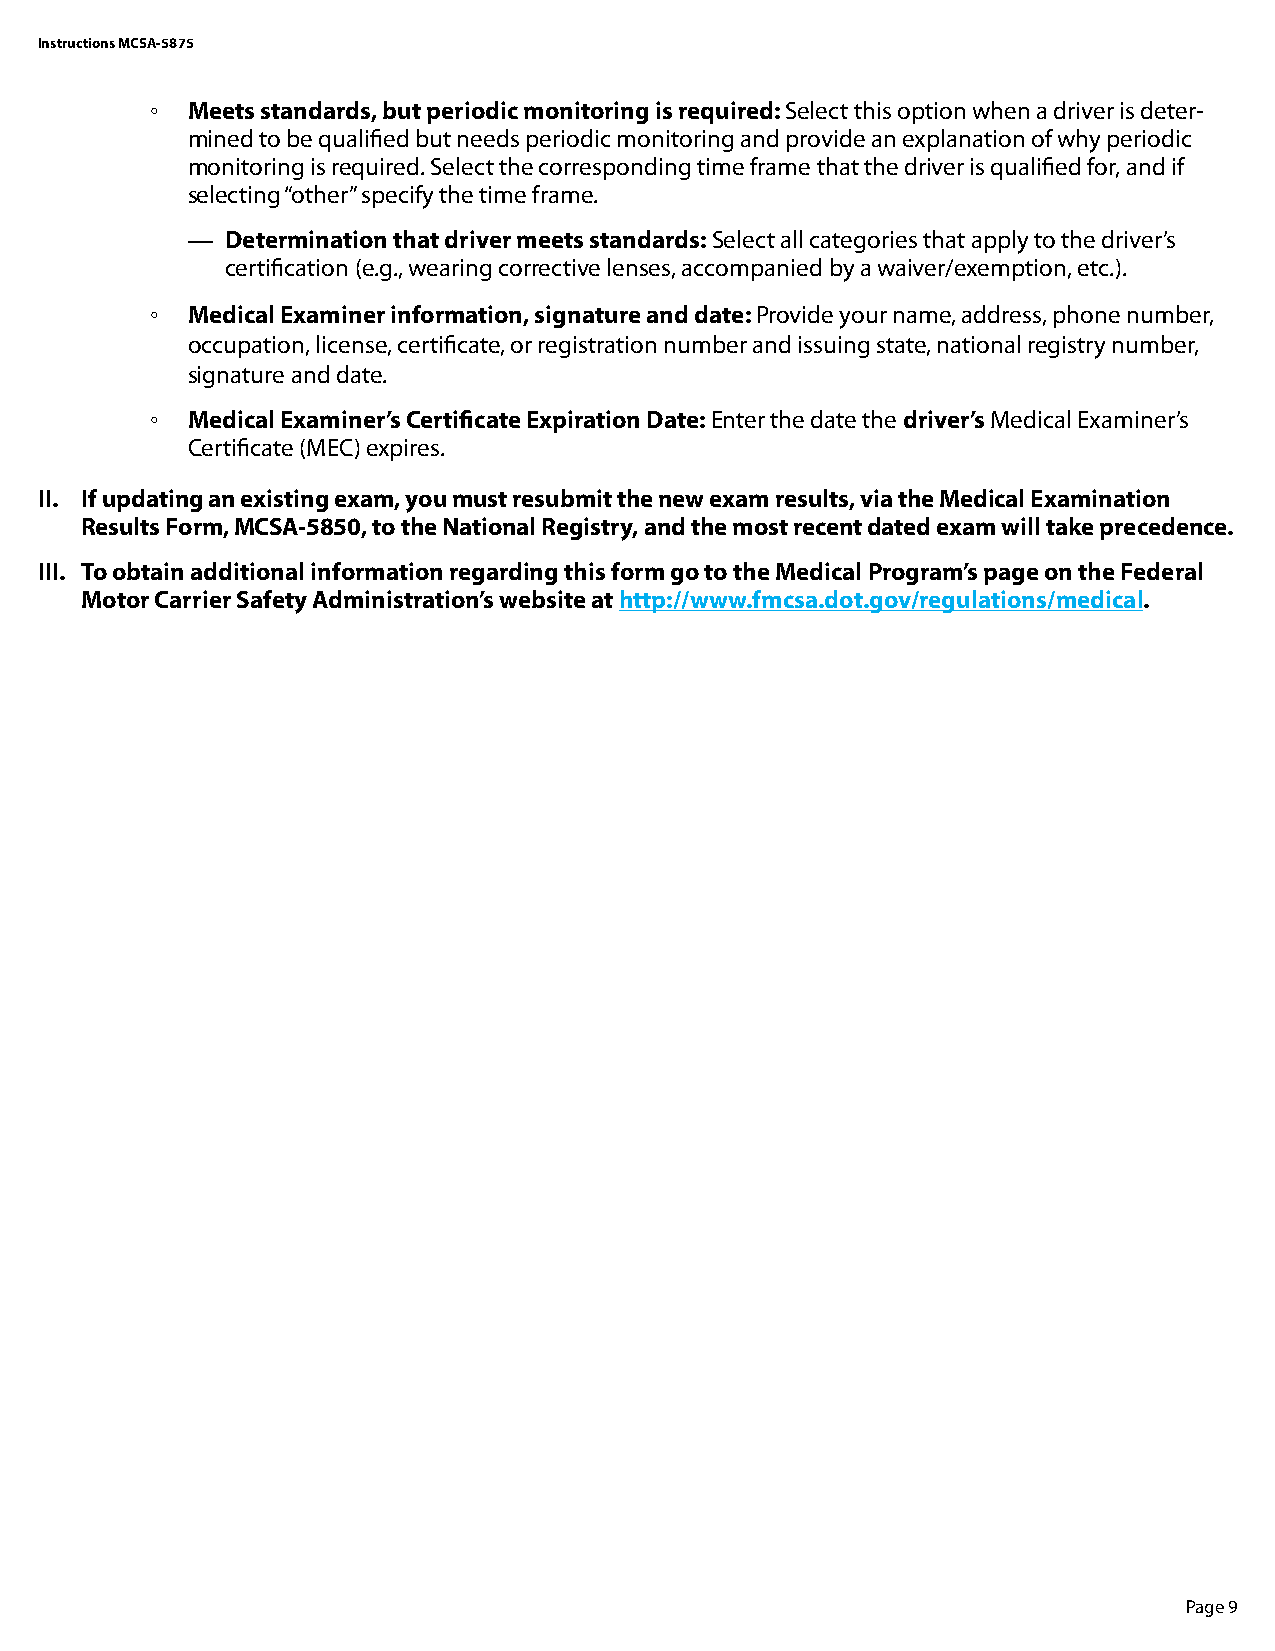
Instructions MCSA-5875
 ◦ Meets standards, but periodic monitoring is required: Select this option when a driver is deter-
 mined to be qualified but needs periodic monitoring and provide an explanation of why periodic
 monitoring is required. Select the corresponding time frame that the driver is qualified for, and if
 selecting “other” specify the time frame.
 —  Determination that driver meets standards: Select all categories that apply to the driver’s
 certification (e.g., wearing corrective lenses, accompanied by a waiver/exemption, etc.).
 ◦ Medical Examiner information, signature and date: Provide your name, address, phone number,
 occupation, license, certificate, or registration number and issuing state, national registry number,
 signature and date.
 ◦ Medical Examiner’s Certificate Expiration Date: Enter the date the driver’s Medical Examiner’s
 Certificate (MEC) expires.
 II. If updating an existing exam, you must resubmit the new exam results, via the Medical Examination
 Results Form, MCSA-5850, to the National Registry, and the most recent dated exam will take precedence.
 III. To obtain additional information regarding this form go to the Medical Program’s page on the Federal
 Motor Carrier Safety Administration’s website at http://www.fmcsa.dot.gov/regulations/medical.
 Page 9